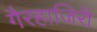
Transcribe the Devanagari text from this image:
गैरहाजिरी